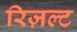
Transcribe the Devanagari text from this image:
रिज़ल्ट